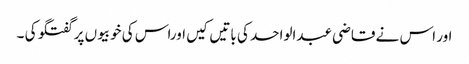
اور اس نے قاضی عبدالواحد کی باتیں کیں اوراس کی خوبیوں پر گفتگو کی ۔